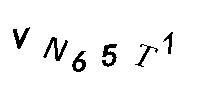
VN65T1